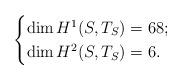
LaTeX: \begin{align*}\begin{cases}\dim H^1(S, T_S)=68;\\\dim H^2(S, T_S)=6.\end{cases}\end{align*}